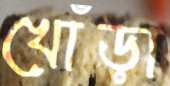
খোঁড়া